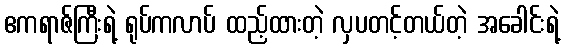
ဧကရာဇ်ကြီးရဲ့ ရုပ်ကလာပ် ထည့်ထားတဲ့ လှပတင့်တယ်တဲ့ အခေါင်းရဲ့